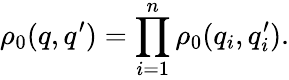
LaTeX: \rho_{0}(q,q^{\prime})=\prod_{i=1}^{n}\rho_{0}(q_{i},q_{i}^{\prime}).